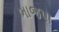
ભાજપા